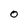
Character: O